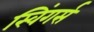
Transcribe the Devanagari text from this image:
स्विंगर्स